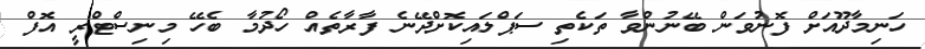
ހަނިމާދޫއަށް ފޮނުވަން ބޭނުންވާ ތަކެތި ސަޕްލައިކޮށްދޭނެ ފާރާތެއް ހޯދުމާ ބެހޭ މިނިސްޓްރީ އޮފް